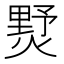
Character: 𤍓